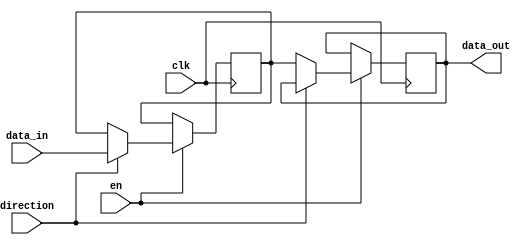
module io_block (
    input wire clk, // Clock signal
    input wire en, // Enable signal
    input wire direction, // Direction control signal
    input wire [7:0] data_in, // Input data signal
    output reg [7:0] data_out // Output data signal
);

reg [7:0] data_internal; // Internal data signal

always @(posedge clk) begin
    if(en) begin
        if(direction) begin // If direction is set to 1, transmit data from external device to IC
            data_internal <= data_in;
        end else begin // If direction is set to 0, transmit data from IC to external device
            data_out <= data_internal;
        end
    end
end

endmodule